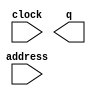
module RomInstMem (
	address,
	clock,
	q);

	input	[7:0]  address;
	input	  clock;
	output	[31:0]  q;
`ifndef ALTERA_RESERVED_QIS
// synopsys translate_off
`endif
	tri1	  clock;
`ifndef ALTERA_RESERVED_QIS
// synopsys translate_on
`endif

endmodule